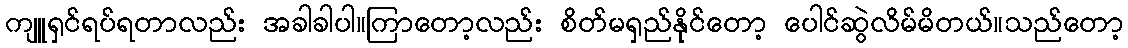
ကျူရှင်ရပ်ရတာလည်း အခါခါပါ။ကြာတော့လည်း စိတ်မရှည်နိုင်တော့ ပေါင်ဆွဲလိမ်မိတယ်။သည်တော့